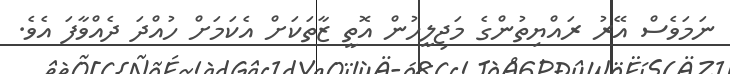
ނަމަވެސް އޭރު ރައްޔިތުންގެ މަޖިލީހުން އޮތީ ޒާތަކަށް އެކަމަށް ހުއްދަ ދެއްވާފަ އެވެ.